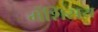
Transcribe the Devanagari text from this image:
मेंशिसय